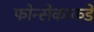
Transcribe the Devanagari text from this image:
फोन्सेकाकडे